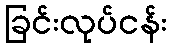
ခြင်းလုပ်ငန်း